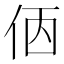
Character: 𠈇